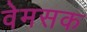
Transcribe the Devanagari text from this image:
वेमसक